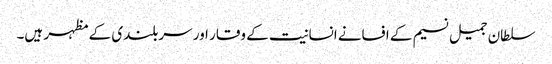
سلطان جمیل نسیم کے افسانے انسانیت کے وقار اور سربلندی کے مظہر ہیں۔